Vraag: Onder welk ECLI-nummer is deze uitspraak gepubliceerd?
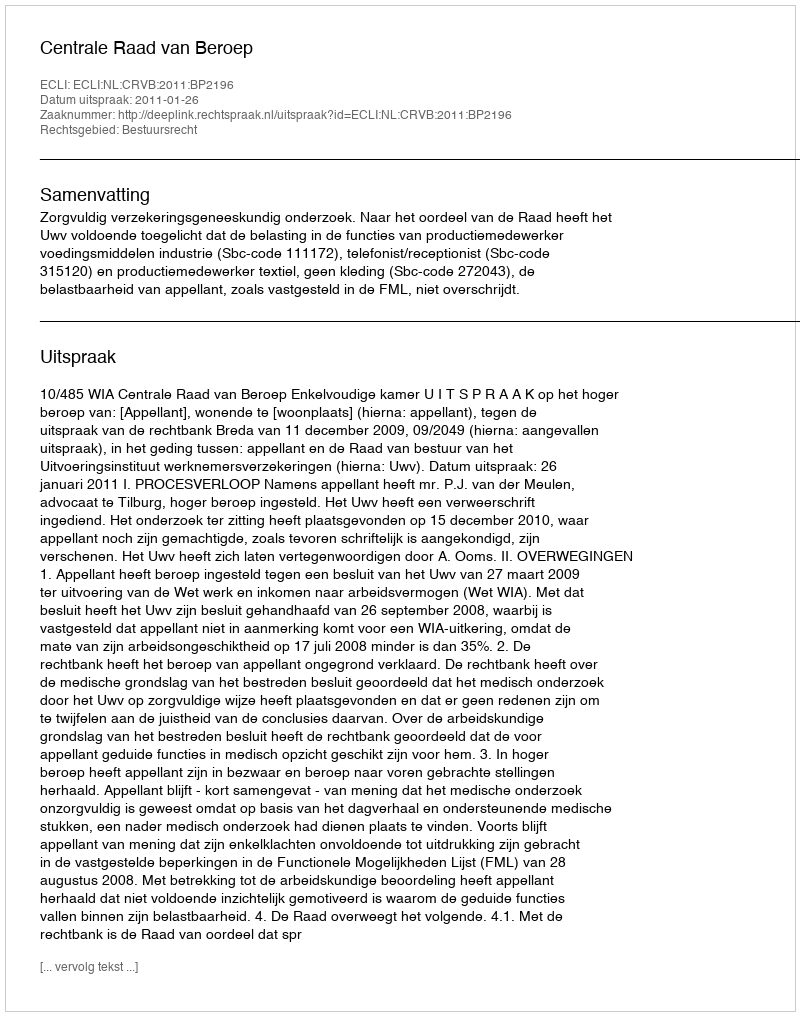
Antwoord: ECLI:NL:CRVB:2011:BP2196